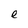
Character: e